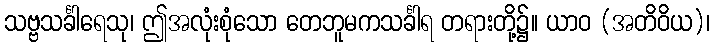
သဗ္ဗသင်္ခါရေသု၊ ဤအလုံးစုံသော တေဘူမကသင်္ခါရ တရားတို့၌။ ယာဝ (အတိဝိယ)၊